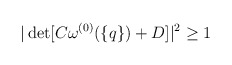
\begin{align*}|\det[C\omega^{(0)}(\{q\})+D]|^2\geq1\end{align*}